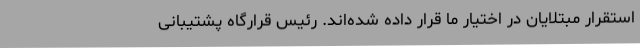
استقرار مبتلایان در اختیار ما قرار داده شده‌اند. رئیس قرارگاه پشتیبانی